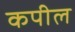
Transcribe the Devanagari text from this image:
कपील